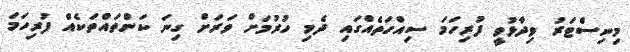
މިނިސްޓަރު ވިދާޅުވީ ފުރިހަމަ ސިއްހަތެއްގައި ދެމި ހުރުމަށް ވަރަށް ގިނަ ކަންތައްތަކެއް ފުރިހަމަ